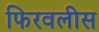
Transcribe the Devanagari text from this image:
फिरवलीस